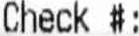
CHECK #: